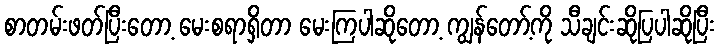
စာတမ်းဖတ်ပြီးတော့ မေးစရာရှိတာ မေးကြပါဆိုတော့ ကျွန်တော့်ကို သီချင်းဆိုပြပါဆိုပြီး